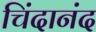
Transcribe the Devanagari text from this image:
चिंदानंद